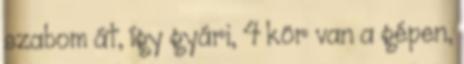
szabom át, így gyári, 4 kör van a gépen,